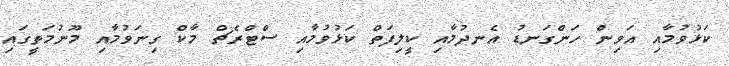
ކަޅުވުމާއި އަވިން ހަންގަނޑު އެނދުމާއި ކީލިފަތް ކަޅުވުމާއި ސްޓްރެޗް މާކް ގިނަވުމާއި މޫނުމަތީގައި